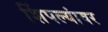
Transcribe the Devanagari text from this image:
शिंपल्यांवर